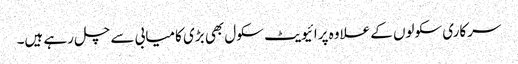
سرکاری سکولوں کے علاوہ پرائیویٹ سکول بھی بڑی کامیابی سے چل رہے ہیں۔